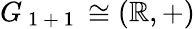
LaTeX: G_{\mathrm{~1~+~1~}}\cong(\mathbb{R},+)